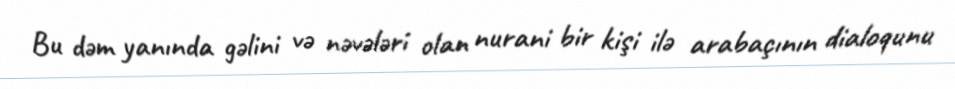
Bu dəm yanında gəlini və nəvələri olan nurani bir kişi ilə arabaçının dialoqunu